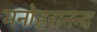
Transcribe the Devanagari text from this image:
मनोहरानन्द